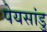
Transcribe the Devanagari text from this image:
पेयसांडु